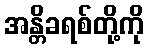
အန္တိခရစ်တို့ကို